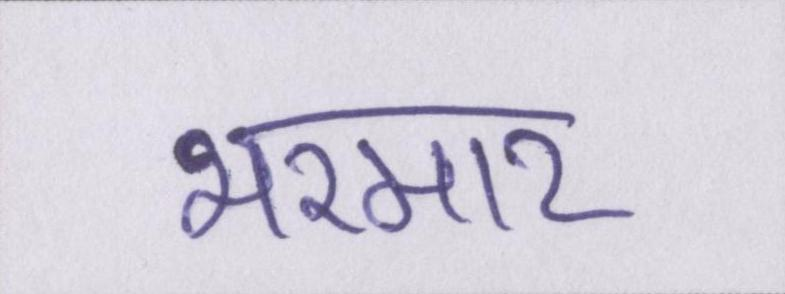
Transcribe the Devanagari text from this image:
भरमार